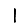
Digit: 1